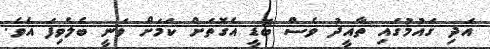
އަދި ގައުމުގައި ތާއީދު ވެސް ބޮޑީ އެގޮތަށް ކަމަށް ވަނީ ބެލެވިފަ އެވެ.